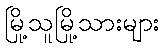
မြို့သူမြို့သားများ